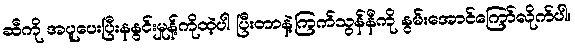
ဆီကို အပူပေးပြီးနနွင်းမှုန့်ကိုထဲ့ပါ ပြီးတာနဲ့ကြက်သွန်နီကို နွမ်းအောင်ကြော်လိုက်ပါ။